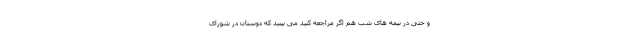
و حتی در نیمه های شب هم اگر مراجعه کنید می بینید که دوستان در شورای